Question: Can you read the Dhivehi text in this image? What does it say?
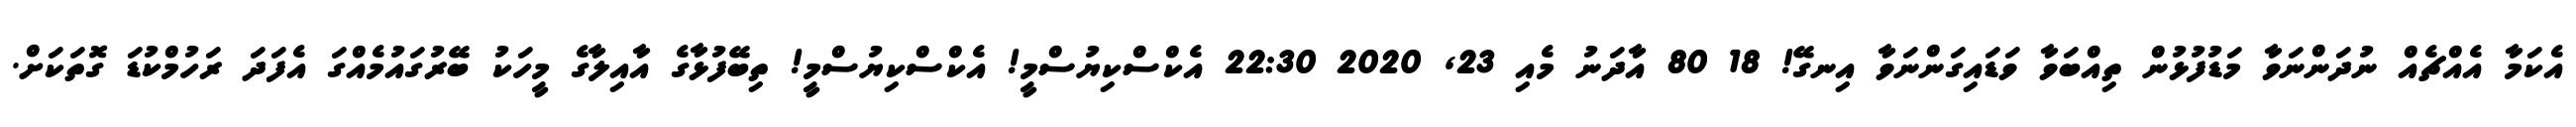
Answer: އެކަމާ އެއްޗެއް ނުދަންނަވާ މަޑުފުޅުން ތިއްބަވާ ވަޑައިގަންނަވާ އިނގޭ! 18 80 އާދަނު މެއި 23, 2020 22:30 އެކްސްކިޔުސްމީ! އެކްސްކިޔުސްމީ! ތިބޭފުޅާގެ އާއިލާގެ މީހަކު ބޭރުގައުމެއްގަ އެފަދަ ރަހުމްކުޑަ ގޮތަކަށް.